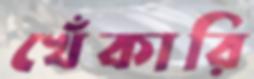
খেঁকারি